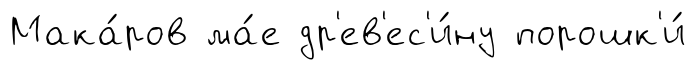
Мака́ров ма́е др'ев'ес'и́ну порошк'и́